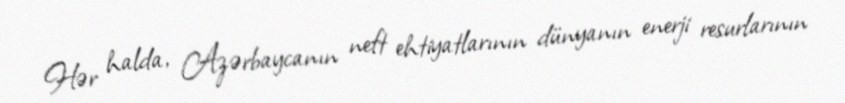
Hər halda, Azərbaycanın neft ehtiyatlarının dünyanın enerji resurlarının